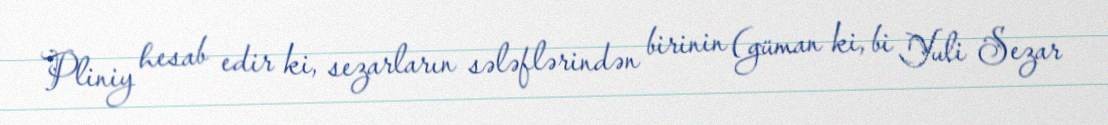
Pliniy hesab edir ki, sezarların sələflərindən birinin (güman ki, bi Yuli Sezar